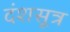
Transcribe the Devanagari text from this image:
दंशसूत्र